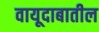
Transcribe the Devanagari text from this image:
वायूदाबातील